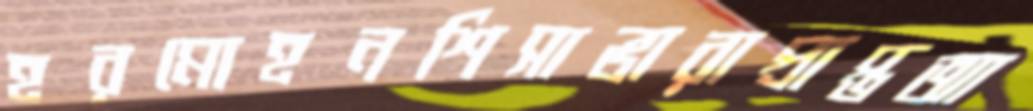
হরমোহনশিসাভারাপ্রাপ্তআ